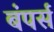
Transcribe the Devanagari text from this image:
बंपर्स